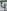
Text: 4